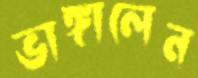
ভাঙ্গালেন